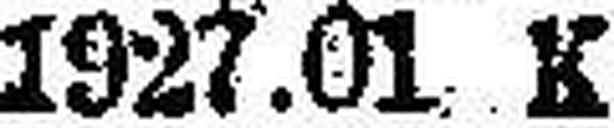
1927.01 K